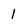
Character: 1